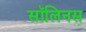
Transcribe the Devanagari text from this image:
सॉलिनस